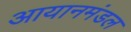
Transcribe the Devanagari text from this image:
आयानमंडल